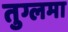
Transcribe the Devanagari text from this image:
तुग्लमा